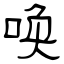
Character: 唤